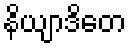
နိယျာဒိတေ